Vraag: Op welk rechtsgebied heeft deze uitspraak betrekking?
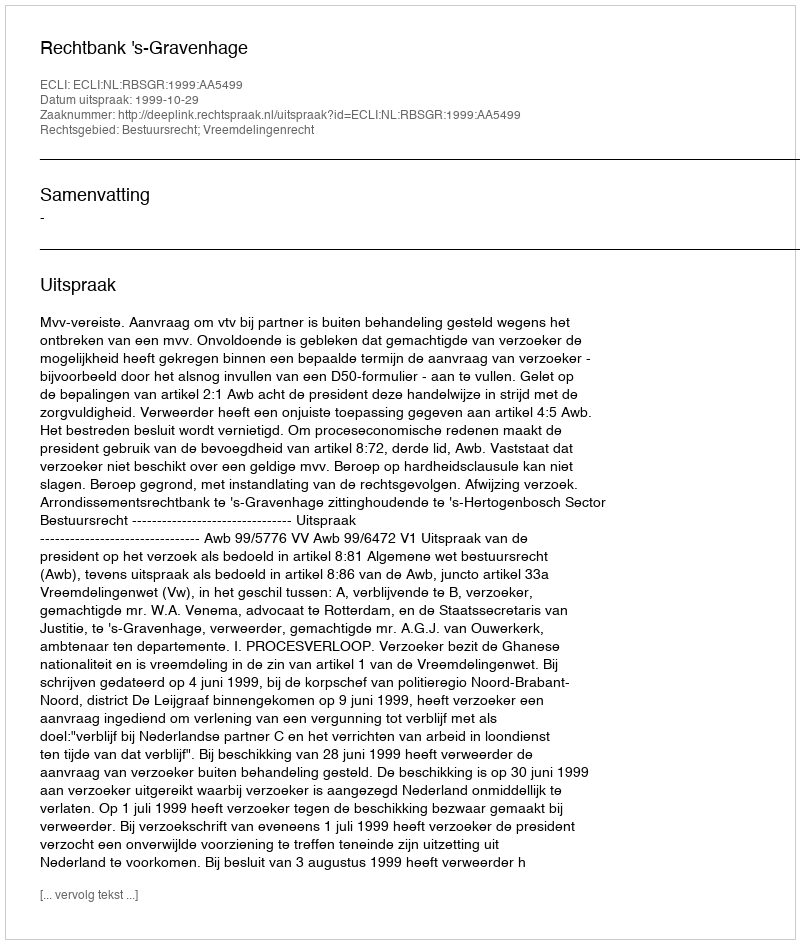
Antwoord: Bestuursrecht; Vreemdelingenrecht